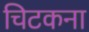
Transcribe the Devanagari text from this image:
चिटकना